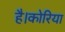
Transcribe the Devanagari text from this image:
है।कोरिया